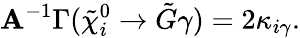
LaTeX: {\cal\mathbf{A}}^{-1}\Gamma(\tilde{{\chi}}_{i}^{0}\rightarrow\tilde{{G}}\gamma)=2\kappa_{i\gamma}.